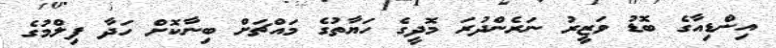
އިންޑިއާގެ ބޮޑު ވަޒީރު ނަރެންދުރަ މޮދީގެ ހަޔާތުގެ މައްޗަށް ބިނާކޮށް ހަދާ ފިލްމުގެ